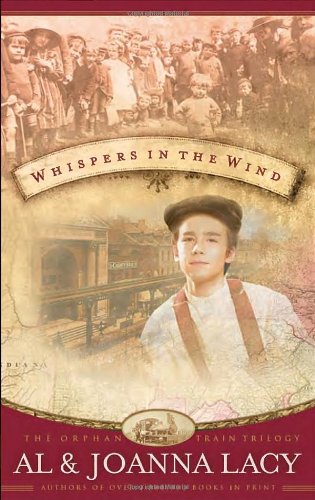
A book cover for Whispers in the Wind (Orphan Trains Trilogy, Book 3); Al Lacy; Christian Books & Bibles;